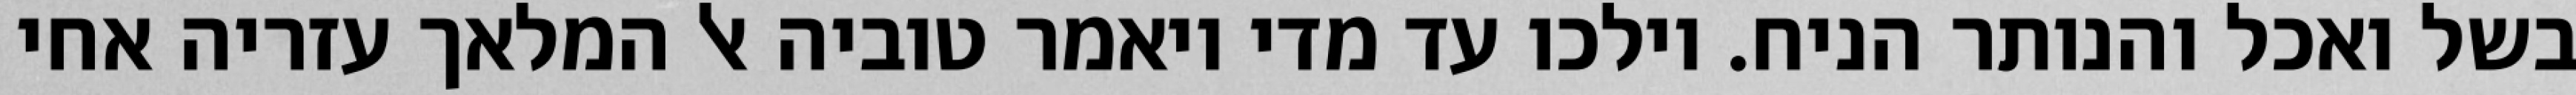
בשל ואכל והנותר הניח. וילכו עד מדי ויאמר טוביה אל המלאך עזריה אחי